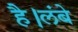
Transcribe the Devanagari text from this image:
है।लंबे